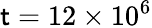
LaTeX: \mathsf{t}=12\times10^{6}